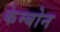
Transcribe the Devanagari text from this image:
केम्बोन